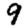
Digit: 9